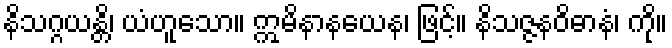
နိသဂ္ဂယန္တိ၊ ယံဟူသော။ ဣမိနာနယေန၊ ဖြင့်။ နိသဇ္ဇနဝိဓာနံ၊ ကို။